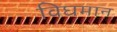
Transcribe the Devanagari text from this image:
विघमान